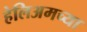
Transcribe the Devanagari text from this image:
हेलिअमच्या